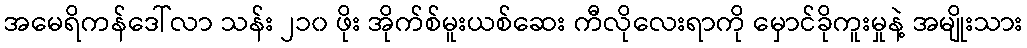
အမေရိကန်ဒေါ်လာ သန်း ၂၁၀ ဖိုး အိုက်စ်မူးယစ်ဆေး ကီလိုလေးရာကို မှောင်ခိုကူးမှုနဲ့ အမျိုးသား